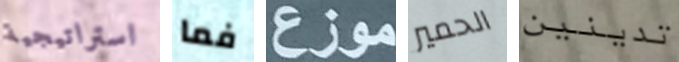
استراتيجية فما موزع الحمير تدينين